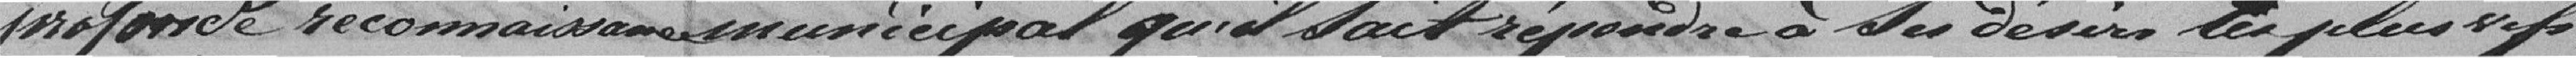
moforce reconnaisamesmunicipal qu'il faitrépondre à des desire les plus sip,